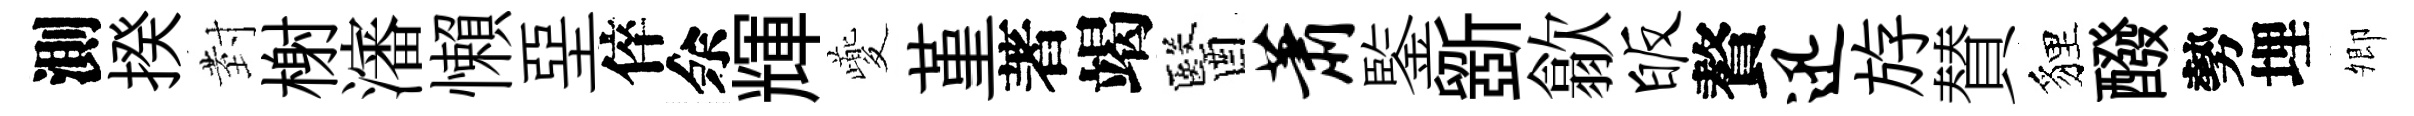
測揆𭔹榭瀋懶堊倅余輝夔堇著竭醫萧鍳斵歙皈贅迅斿賛貍醱勢埋𡖖